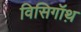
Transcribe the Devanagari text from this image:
विसिगॉथ़